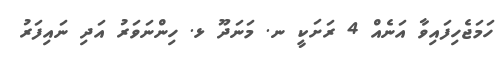
ހަމަޖެހިފައިވާ އަނެއް 4 ރަށަކީ ނ. މަނަދޫ ޅ. ހިންނަވަރު އަދި ނައިފަރު